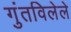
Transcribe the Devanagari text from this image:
गुंतविलेले